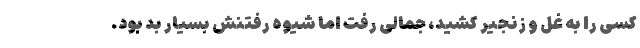
کسی را به غُل و زنجیر کشید، جمالی رفت اما شیوه رفتنش بسیار بد بود.